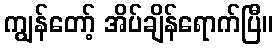
ကျွန်တော့် အိပ်ချိန်ရောက်ပြီ။